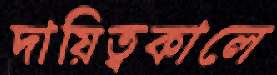
দায়িত্বকালে